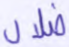
ضلال